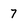
Character: 7